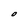
Character: O